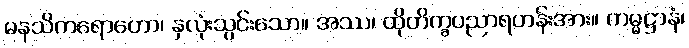
မနသိကရောတော၊ နှလုံးသွင်းသော။ အဿ၊ ထိုတိက္ခပညာရဟန်းအား။ ကမ္မဋ္ဌာနံ၊